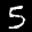
Label: 5